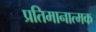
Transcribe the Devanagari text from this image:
प्रतिमानात्मक